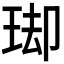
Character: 𭹌